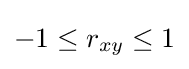
-1\leq r_{xy}\leq 1